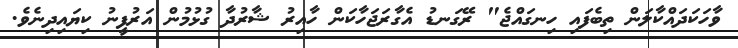
ވާހަކަދައްކާލަން ތިބެފައި ހިނގައްޖެ" ރޭގަނޑު އެގާރަޖަހާކަން ހާއިރު ޝާރުދާ ގުޅުމުން އަރުފީނު ކިޔައިދިނެވެ.